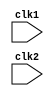
`timescale 1ns / 1ps
//////////////////////////////////////////////////////////////////////////////////
// Company: 
// Engineer: 
// 
// Design Name: 
// Module Name: Mips
// Project Name: 
// Target Devices: 
// Tool Versions: 
// Description: 
// 
// Dependencies: 
// 
// Revision:
// Revision 0.01 - File Created
// Additional Comments:
// 
//////////////////////////////////////////////////////////////////////////////////


module Mips(clk1,clk2);

input clk1,clk2;

reg [31:0] IF_ID_IR,PC,IF_ID_NPC;
reg [31:0] ID_EX_IR,ID_EX_NPC;
reg [31:0] ID_EX_A,ID_EX_B,ID_EX_IMM;
reg [2:0]  ID_EX_type,EX_MEM_type,MEM_WB_type;
reg [31:0] EX_MEM_ALUOUT,EX_MEM_IR,EX_MEM_B;
reg        EX_MEM_COND;
reg [31:0] MEM_WB_IR,MEM_WB_ALUOUT,MEM_WB_LMD;
//INSTRUCTIN AND DATA MEMORY
reg [31:0] Reg[0:31];
reg [31:0] Mem[0:1023];

//OPCODES
parameter ADD=6'b000000, SUB=6'b000001,AND =6'b000010,OR=6'b000011,
          SLT=6'b000100,MUL=6'b000101,HLT=6'b111111,LW=6'b001000,
          SW=6'b001001,ADDI=6'b001010,SUBI=6'b001011,SLTI=6'b001100,
          BNEQZ=6'b001101,BEQZ=6'b001110;
          
 reg      HALTED,TAKEN_BRANCH;                             //TO NOTE WHEATHER BRANCH AND HALT IS THE INSTRUCTIION
 parameter RR_ALU=3'b000,RM_ALU=3'b001,LOAD=3'b010,STORE=3'b011,BRANCH=3'b100,HALT=3'b101;     //TYPES OF OPERATION  
 
 
 
 //INSTUCTION FETCH
 always@ (posedge clk1)
 
    if(HALTED==0)
        begin
        //IF THE INSTRUCTION IN EXECUTION STAGE IS BRANCH THEN HAS TO TAKE NEXT INSTRUCTION FROM THE BARANCHING ADDRESS,
            if(((EX_MEM_COND==1)&&(EX_MEM_IR[31:26]==BEQZ))||((EX_MEM_COND==0)&&(EX_MEM_IR[31:26]==BNEQZ)))
                begin
                    IF_ID_IR     <= #2 Mem[EX_MEM_ALUOUT];
                    TAKEN_BRANCH <= #2 1'b1;
                    IF_ID_NPC    <= #2 EX_MEM_ALUOUT+1;
                    PC           <= #2 EX_MEM_ALUOUT+1;
                    
                end
            else
                begin
                    IF_ID_IR  <= #2 Mem[PC];       
                    IF_ID_NPC <= #2 PC+1;
                    PC        <= #2 PC+1;  
                end    
        end
 
 
 //INSTRUCTION DECODE
 always@(posedge clk2)
    
    if(HALTED==0)
        begin
         if(IF_ID_IR[25:21] == 5'b00000)   //THIS IS R0 REGISTER
            ID_EX_A=0;
         else   ID_EX_A <= #2 Reg[IF_ID_IR[25:21]];  //RS
         
         if(IF_ID_IR[20:16] == 5'b00000)
             ID_EX_B=0;
         else   ID_EX_B <= #2 Reg[IF_ID_IR[20:16]];    //RT
         
          ID_EX_IMM   <= #2 { {16{IF_ID_IR[15]}},{IF_ID_IR[15:0]}};  //IMM
         
          ID_EX_IR    <= #2 IF_ID_IR;
          ID_EX_NPC   <= #2 IF_ID_NPC;
         
         //ASSIGNING TYPE TO OPCODE 
        case (IF_ID_IR[31:26])
            ADD,MUL,AND,OR,SLT,SUB : ID_EX_type <= #2 RR_ALU; 
            ADDI,SUBI,SLTI         : ID_EX_type <= #2 RM_ALU;
            LW                     : ID_EX_type <= #2 LOAD; 
            LW                     : ID_EX_type <= #2 STORE; 
            BEQZ,BNEQZ             : ID_EX_type <= #2 BRANCH;
            HLT                    : ID_EX_type <= #2 HALT; 
            default                : ID_EX_type <= #2 HALT;
        endcase
     end  
     
     
 //execution stage     
  always@(posedge clk1)
    if(HALTED==0)
        begin
            EX_MEM_IR   <= #2 ID_EX_IR;
            EX_MEM_type <= #2 ID_EX_type; 
            TAKEN_BRANCH <= #21'b0;
            
            case (ID_EX_type)
                RR_ALU:  begin
                            case(ID_EX_IR[31:26])
                               ADD : EX_MEM_ALUOUT <=#2 ID_EX_A + ID_EX_B;
                               SUB : EX_MEM_ALUOUT <=#2 ID_EX_A - ID_EX_B;
                               AND : EX_MEM_ALUOUT <=#2 ID_EX_A & ID_EX_B;
                               OR  : EX_MEM_ALUOUT <=#2 ID_EX_A | ID_EX_B;
                               SLT : EX_MEM_ALUOUT <=#2 ID_EX_A < ID_EX_B;
                               MUL : EX_MEM_ALUOUT <=#2 ID_EX_A * ID_EX_B;
                               default: EX_MEM_ALUOUT <=#2 32'h xxxxxxxx;
                             endcase
                          end 
                  
                RM_ALU:   begin
                             case(ID_EX_IR[31:26])
                               ADDI : EX_MEM_ALUOUT <=#2 ID_EX_A + ID_EX_IMM;
                               SUBI : EX_MEM_ALUOUT <=#2 ID_EX_A - ID_EX_IMM;
                              // AND : EX_MEM_ALUOUT <=#2 ID_EX_A & ID_EX_B;
                              // OR  : EX_MEM_ALUOUT <=#2 ID_EX_A | ID_EX_B;
                               SLTI : EX_MEM_ALUOUT <=#2 ID_EX_A < ID_EX_IMM;
                             //  MUL : EX_MEM_ALUOUT <=#2 ID_EX_A * ID_EX_B;
                               default: EX_MEM_ALUOUT <=#2 32'h xxxxxxxx;
                                
                             endcase  
                            end 
                        
                        
                        
                LOAD,STORE: begin
                            // case(ID_EX_IR[31:26])
                                EX_MEM_ALUOUT <= #2 ID_EX_A+ID_EX_IMM;
                                EX_MEM_B      <= #2 ID_EX_B;              
                                
                            // endcase  
                            end
                 
                BRANCH    : begin
                                 EX_MEM_ALUOUT <= #2 ID_EX_IMM+ID_EX_NPC;
                                 EX_MEM_COND   <= #2 (ID_EX_A==0);
                            end 
            endcase
        end
        
        
        //MEM STAGE
   
  always@(posedge clk2)
    if(HALTED==0)  
        begin
             MEM_WB_IR <= #2 EX_MEM_IR;
             MEM_WB_type <= #2 EX_MEM_type;
             case (ID_EX_type)
                
                RR_ALU,RM_ALU:    MEM_WB_ALUOUT <= #2 EX_MEM_ALUOUT;
                
                LOAD         :    MEM_WB_LMD    <= #2 Mem[EX_MEM_ALUOUT];
                
               STORE         :    if(TAKEN_BRANCH==0)
                                   
                                     Mem[EX_MEM_ALUOUT] <=  #2 EX_MEM_B;
             endcase
           
        end 
        
        
    //WB stage    
  always@(posedge clk1)
    begin
        if (TAKEN_BRANCH==0)
         case(MEM_WB_type)
            RR_ALU : Reg[MEM_WB_IR[15:11]] <=#2 MEM_WB_ALUOUT;   //rd
            RM_ALU : Reg[MEM_WB_IR[20:16]] <=#2 MEM_WB_ALUOUT;  //rt
            LOAD   : Reg[MEM_WB_IR[15:11]] <=#2 MEM_WB_LMD;     //rt
            HALT   : HALTED <= #2 1'b1;  
         endcase
    end   
     
endmodule